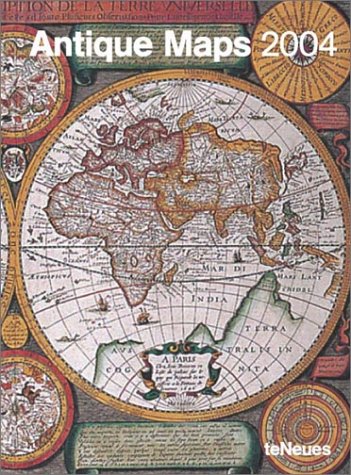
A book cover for Antique Maps Deluxe 2004 Engagement Calendar; Calendars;